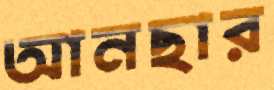
আনছার